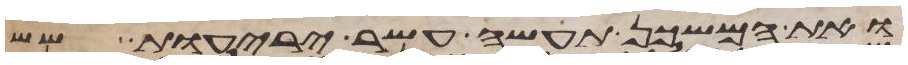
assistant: ואת המשכן תעשה עשר יריעות שש